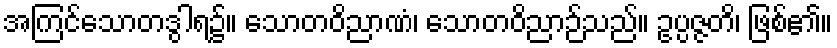
အကြင်သောတဒွါရ၌။ သောတဝိညာဏံ၊ သောတဝိညာဉ်သည်။ ဥပ္ပဇ္ဇတိ၊ ဖြစ်၏။